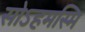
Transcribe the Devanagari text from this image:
सोऽहमस्मि